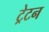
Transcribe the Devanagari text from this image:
ट्रेटन